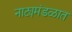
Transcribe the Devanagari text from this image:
नाट्यमंडळात